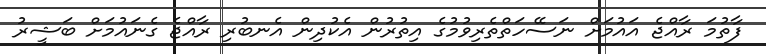
ފާތުމަ ރާއްޖެ އައުމަށް ނަސޭހަތްތެރިވުމުގެ އިތުރުން އެކުދިން އެނބުރި ރާއްޖެ ގެނައުމަށް ބަޝީރު